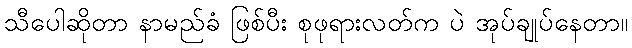
သီပေါဆိုတာ နာမည်ခံ ဖြစ်ပီး စုဖုရားလတ်က ပဲ အုပ်ချုပ်နေတာ။